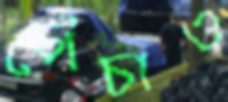
পেঁচাও